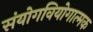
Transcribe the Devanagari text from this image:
संयोगवियोगात्मक